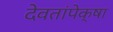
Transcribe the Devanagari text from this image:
देवतांपेक्षा